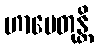
ဟာပေတုန္တိ